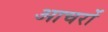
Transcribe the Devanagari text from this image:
आचरों